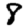
Digit: 8